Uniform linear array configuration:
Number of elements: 12
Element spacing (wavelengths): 0.75
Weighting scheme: hamming
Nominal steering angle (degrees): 60
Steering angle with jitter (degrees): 61.366
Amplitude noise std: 0.05
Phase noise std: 0.05

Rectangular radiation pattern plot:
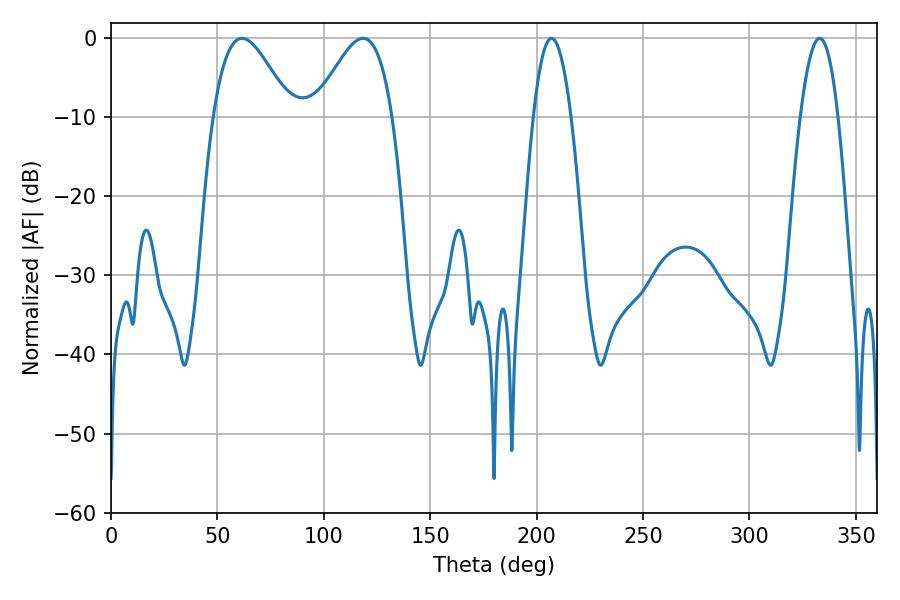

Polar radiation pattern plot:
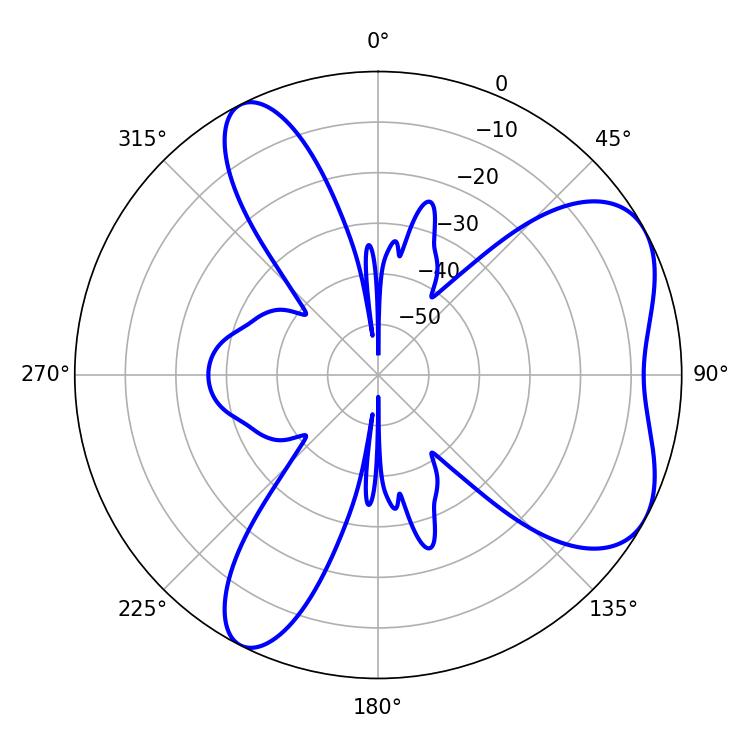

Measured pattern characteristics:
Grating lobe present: TRUE
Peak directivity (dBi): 5.815
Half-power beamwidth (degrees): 9.9
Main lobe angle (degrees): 207